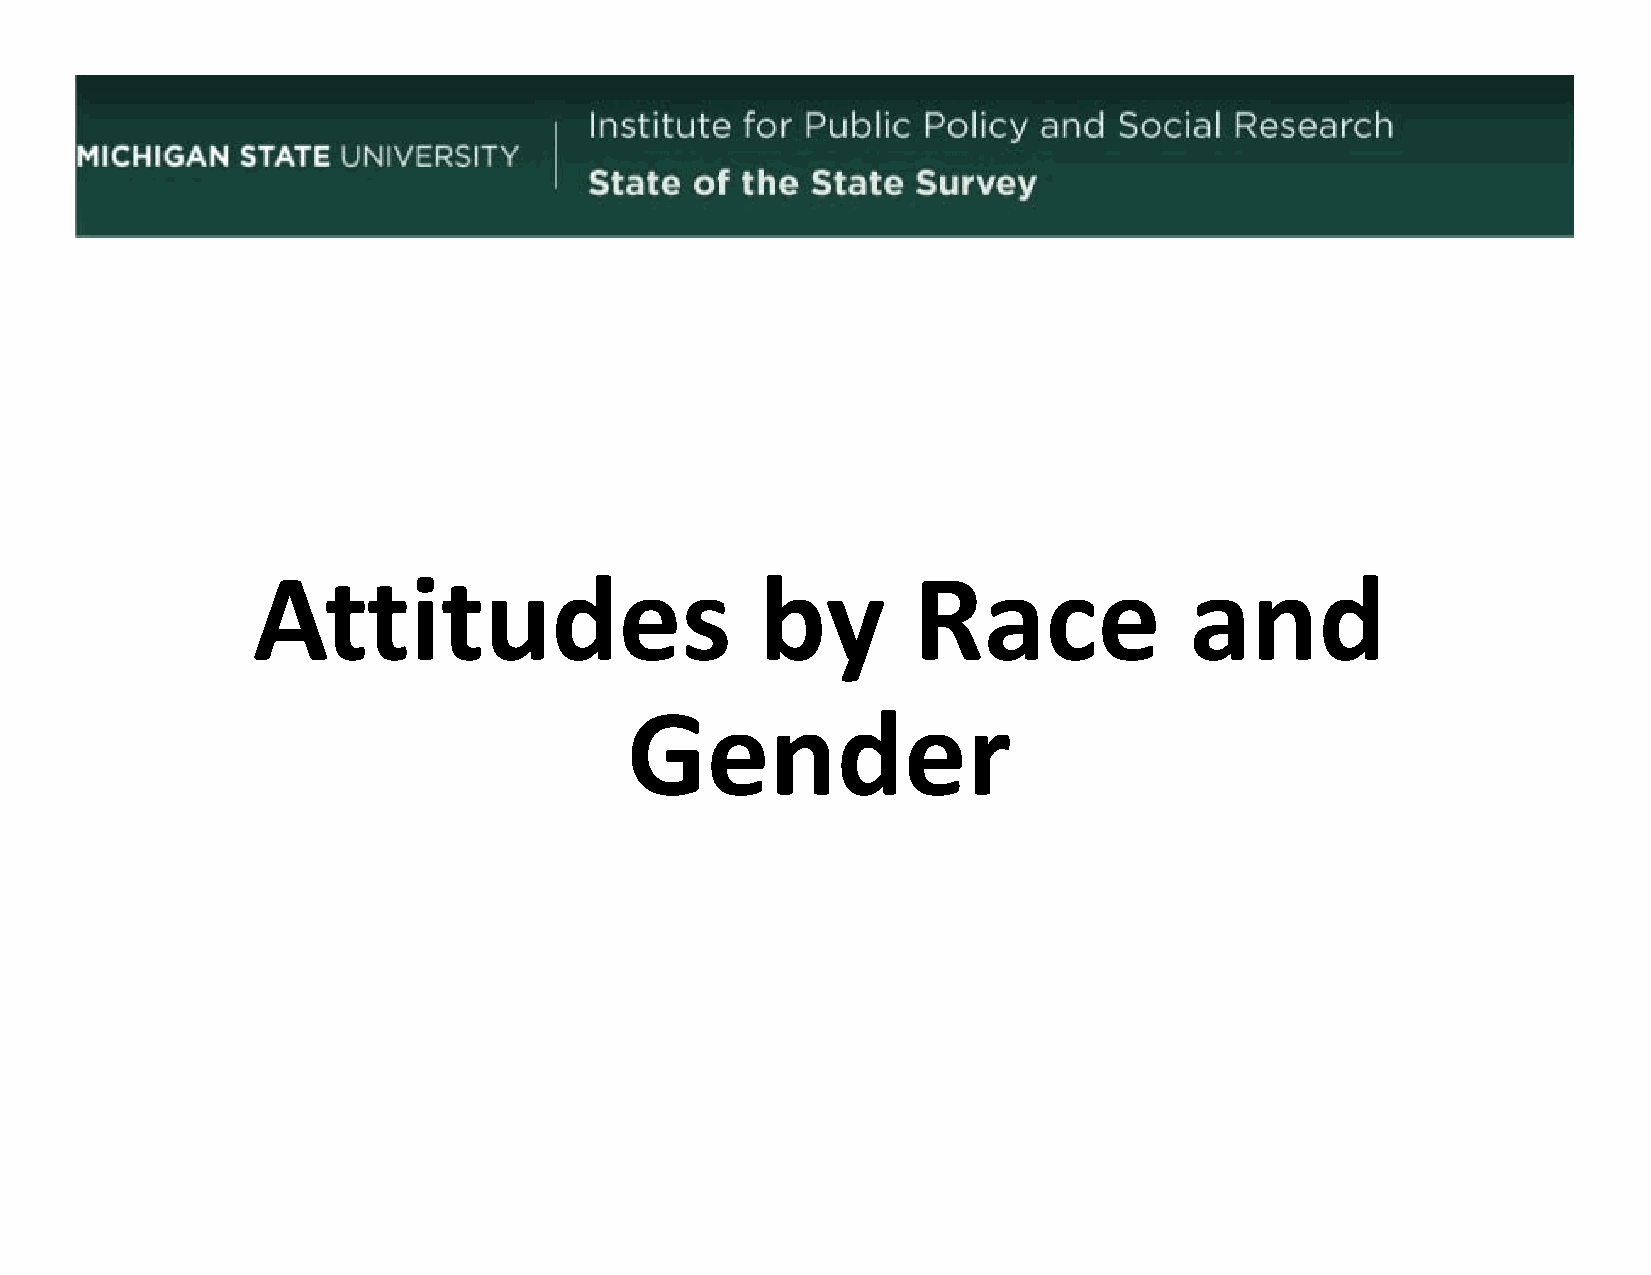
Attitudes                        by        Race               and
 GGendder